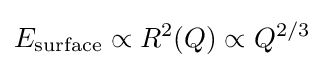
E_{\text{surface}}\propto R^{2}(Q)\propto Q^{2/3}